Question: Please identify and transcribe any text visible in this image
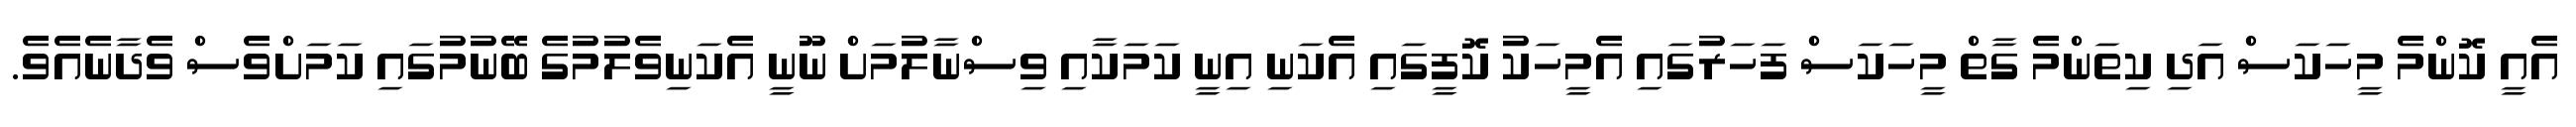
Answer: އެއީ ކޮންމެ މީހަކަސް އަދި ކިތަންމެ ގާތް މީހަކަސް ފަހަރުގައި އެމީހަކު ކޮފީގައި އެކަނި އިނީ ކަމަކާއި ވިސްނާލުމަށް ނޫނީ އެކަނިވެލުމުގެ ބޭނުމުގައި ކަމަށްވެސް ވެދާނެއެވެ.